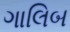
ગાલિબ